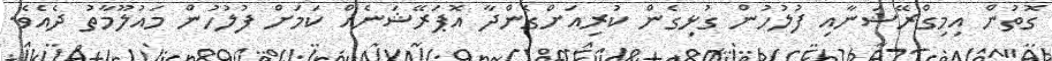
ގޮތުން އިމިގްރޭޝަނާއި ފުލުހުން ގުޅިގެން ކުރިއަށްގެންދާ އޮޕަރޭޝަނެއް ކަަމަށް ފުލުހުން މައުލޫމާތު ދެއެވެ.